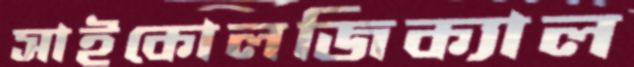
সাইকোলজিক্যাল